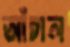
আঁচাল